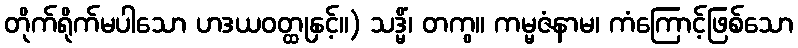
တိုက်ရိုက်မပါသော ဟဒယဝတ္ထုနှင့်။) သဒ္မိံ၊ တကွ။ ကမ္မဇံနာမ၊ ကံကြောင့်ဖြစ်သော